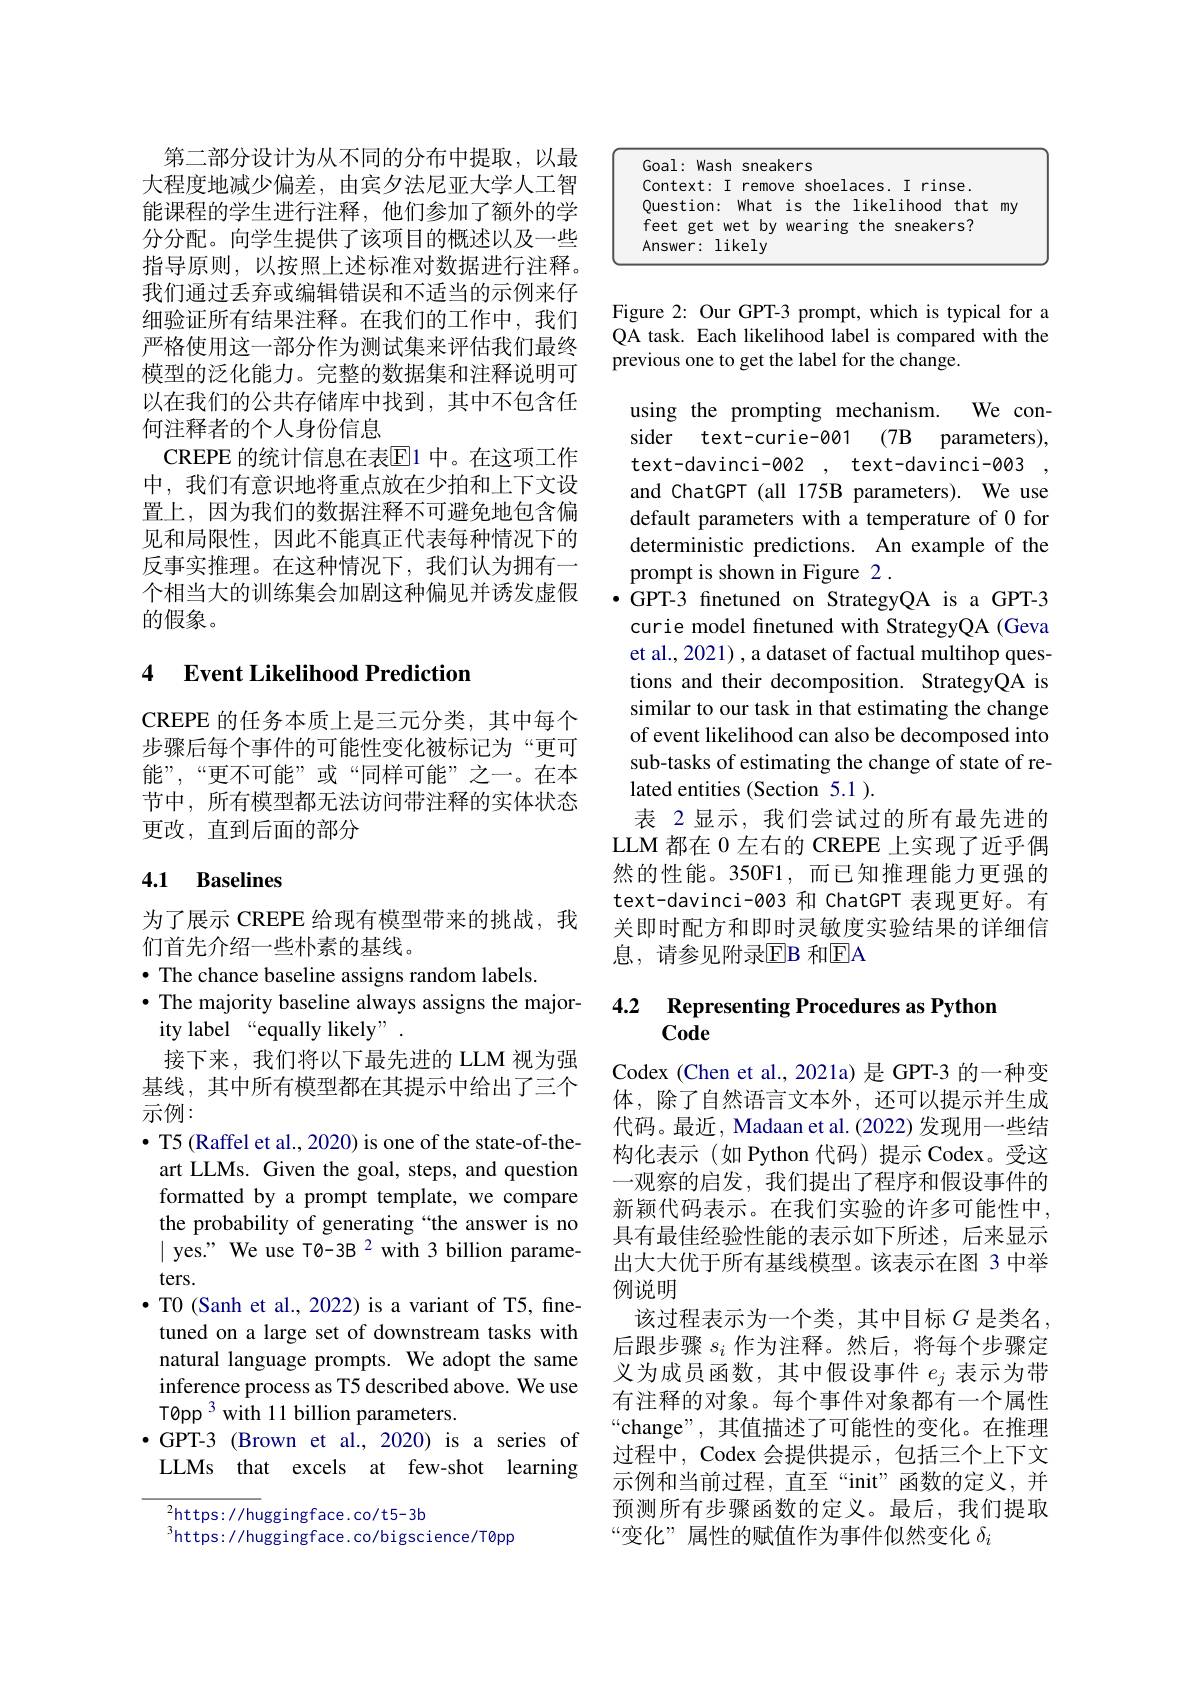
第二部分设计为从不同的分布中提取，以最大程度地减少偏差，由宾夕法尼亚大学人工智能课程的学生进行注释，他们参加了额外的学分分配。向学生提供了该项目的概述以及一些指导原则，以按照上述标准对数据进行注释。我们通过丢弃或编辑错误和不适当的示例来仔细验证所有结果注释。在我们的工作中，我们严格使用这一部分作为测试集来评估我们最终模型的泛化能力。完整的数据集和注释说明可以在我们的公共存储库中找到，其中不包含任何注释者的个人身份信息
CREPE 的统计信息在表$\overline{\mathrm{E}}$1 中。在这项工作中，我们有意识地将重点放在少拍和上下文设置上，因为我们的数据注释不可避免地包含偏见和局限性，因此不能真正代表每种情况下的反事实推理。在这种情况下，我们认为拥有一个相当大的训练集会加剧这种偏见并诱发虚假的假象。

### 4 $\textbf{Event Likelihood Prediction}$

CREPE 的任务本质上是三元分类，其中每个步骤后每个事件的可能性变化被标记为“更可能”,“更不可能”或“同样可能”之一。在本节中，所有模型都无法访问带注释的实体状态更改，直到后面的部分

## 4.1 Baselines

为了展示 CREPE 给现有模型带来的挑战，我
们首先介绍一些朴素的基线。
$\bullet$ The chance baseline assigns random labels.
$\bullet$ The majority baseline always assigns the major-
ity label “equally likely”
接下来，我们将以下最先进的 LLM 视为强基线，其中所有模型都在其提示中给出了三个示例：
$\bullet$ T5 (Raffel et al., 2020) is one of the state-of-theart LLMs. Given the goal, steps, and question formatted by a prompt template, we compare the probability of generating “the answer is no | yes." We use T0-3B 2 with 3 billion parameters.
$\bullet$ T0 (Sanh et al., 2022) is a variant of T5, finetuned on a large set of downstream tasks with natural language prompts. We adopt the same inference process as T5 described above. We use T0pp 3 with 11 billion parameters.
$\bullet$ GPT-3 (Brown et al., 2020) is a series of LLMs that excels at few-shot learning

$^{2}$https://huggingface.co/t5-3b
$^{3}$https://huggingface.co/bigscience/T0pp

<table>
	<tbody>
		<tr>
			<td>$GC$ - 1</td>
			<td>Goal: Wash sneakers 1</td>
			<td>sneakers</td>
		</tr>
		<tr>
			<td>1 - 1 T 1 $C$ L</td>
			<td>Context: I remove shoelaces</td>
			<td>shoelaces. I rinse. remove</td>
		</tr>
		<tr>
			<td>$Ar$ 1 Y 1</td>
			<td>likely Answer: $\frac{1}{2}=\frac{1}{2}$</td>
			<td>ikely</td>
		</tr>
	</tbody>
</table>

Figure 2: Our GPT-3 prompt, which is typical for a QA task. Each likelihood label is compared with the previous one to get the label for the change.

using the prompting mechanism.
We con-
sider text-curie-001 (7B parameters), text-davinci-002, text-davinci-003, and ChatGPT (all 175B parameters). We use default parameters with a temperature of 0 for deterministic predictions. An example of the prompt is shown in Figure 2 .
$\bullet$ GPT-3 finetuned on StrategyQA is a GPT-3
curie model finetuned with StrategyQA (Geva et al., 2021) , a dataset of factual multihop questions and their decomposition. StrategyQA is similar to our task in that estimating the change of event likelihood can also be decomposed into sub-tasks of estimating the change of state of related entities (Section 5.1 ).
表 2显示，我们尝试过的所有最先进的LLM 都在 0 左右的 CREPE 上实现了近乎偶然的性能。350F1,而已知推理能力更强的text-davinci-003 和 ChatGPT 表现更好。有关即时配方和即时灵敏度实验结果的详细信息，请参见附录EB 和$\overline{\mathrm{EA}}$

### 4.2 Representing Procedures as Python Code

Codex (Chen et al., 2021a) 是 GPT-3 的一种变体，除了自然语言文本外，还可以提示并生成代码。最近，Madaan et al. (2022) 发现用一些结构化表示(如 Python 代码)提示 Codex。受这一观察的启发，我们提出了程序和假设事件的新颖代码表示。在我们实验的许多可能性中， 具有最佳经验性能的表示如下所述，后来显示出大大优于所有基线模型。该表示在图 3 中举例说明
该过程表示为一个类，其中目标$G$ 是类名， 后跟步骤$s_i$作为注释。然后，将每个步骤定义为成员函数，其中假设事件$e_j$表示为带有注释的对象。每个事件对象都有一个属性“change”,其值描述了可能性的变化。在推理过程中，Codex 会提供提示，包括三个上下文示例和当前过程，直至“init”函数的定义，并预测所有步骤函数的定义。最后，我们提取“变化”属性的赋值作为事件似然变化$\delta_i$